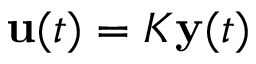
\mathbf { u } ( t ) = K \mathbf { y } ( t )